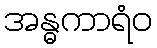
အန္ဓကာရံဝ